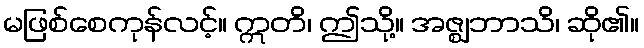
မဖြစ်စေကုန်လင့်။ ဣတိ၊ ဤသို့။ အဇ္ဈဘာသိ၊ ဆို၏။